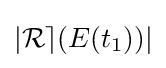
|{\mathcal {Re}}(E(t_{1}))|